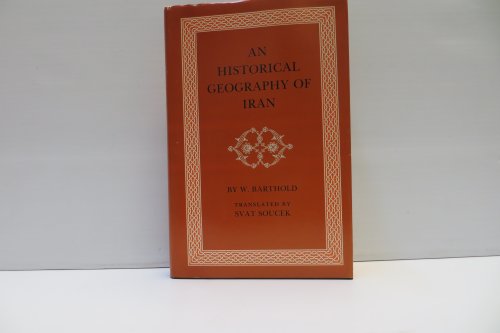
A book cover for An Historical Geography of Iran (Princeton Legacy Library); Vasilii Vladimirovich Barthold; Travel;